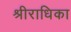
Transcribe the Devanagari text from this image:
श्रीराधिका